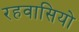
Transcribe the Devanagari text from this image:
रहवासियो